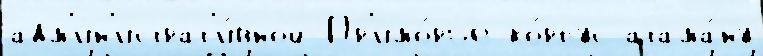
адм'ин'истрат'и́вной Пр'имо́рье ко́рпус атама́ну